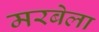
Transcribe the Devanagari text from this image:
मरबेला